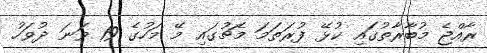
ރާއްޖެ މުބާރާތުގައި ކުޅޭ ފުރަތަމަ މެޗުގައި މޭ މަހުގެ 19 ވަނަ ދުވަހު